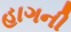
હાગની